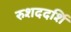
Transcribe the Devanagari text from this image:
रुशददर्शि